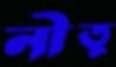
নীতু